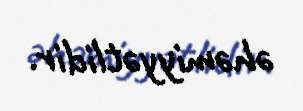
əhəmiyyətlidir.